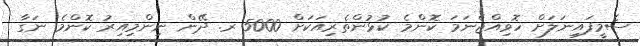
ސެމީފައިނަލަށް ހޮވިއްޖެނަމަ ކޮންމެ ކުޅުންތެރިއަކަށް 5000 ރ. ދޭން ނިންމިއިރު ކޮންމެ ނަގާ